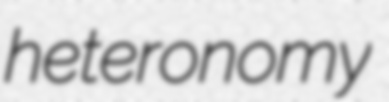
heteronomy